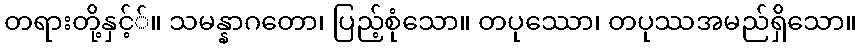
တရားတို့နှင့််။ သမန္နာဂတော၊ ပြည့်စုံသော။ တပုဿော၊ တပုဿအမည်ရှိသော။